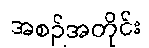
အစဉ်အတိုင်း